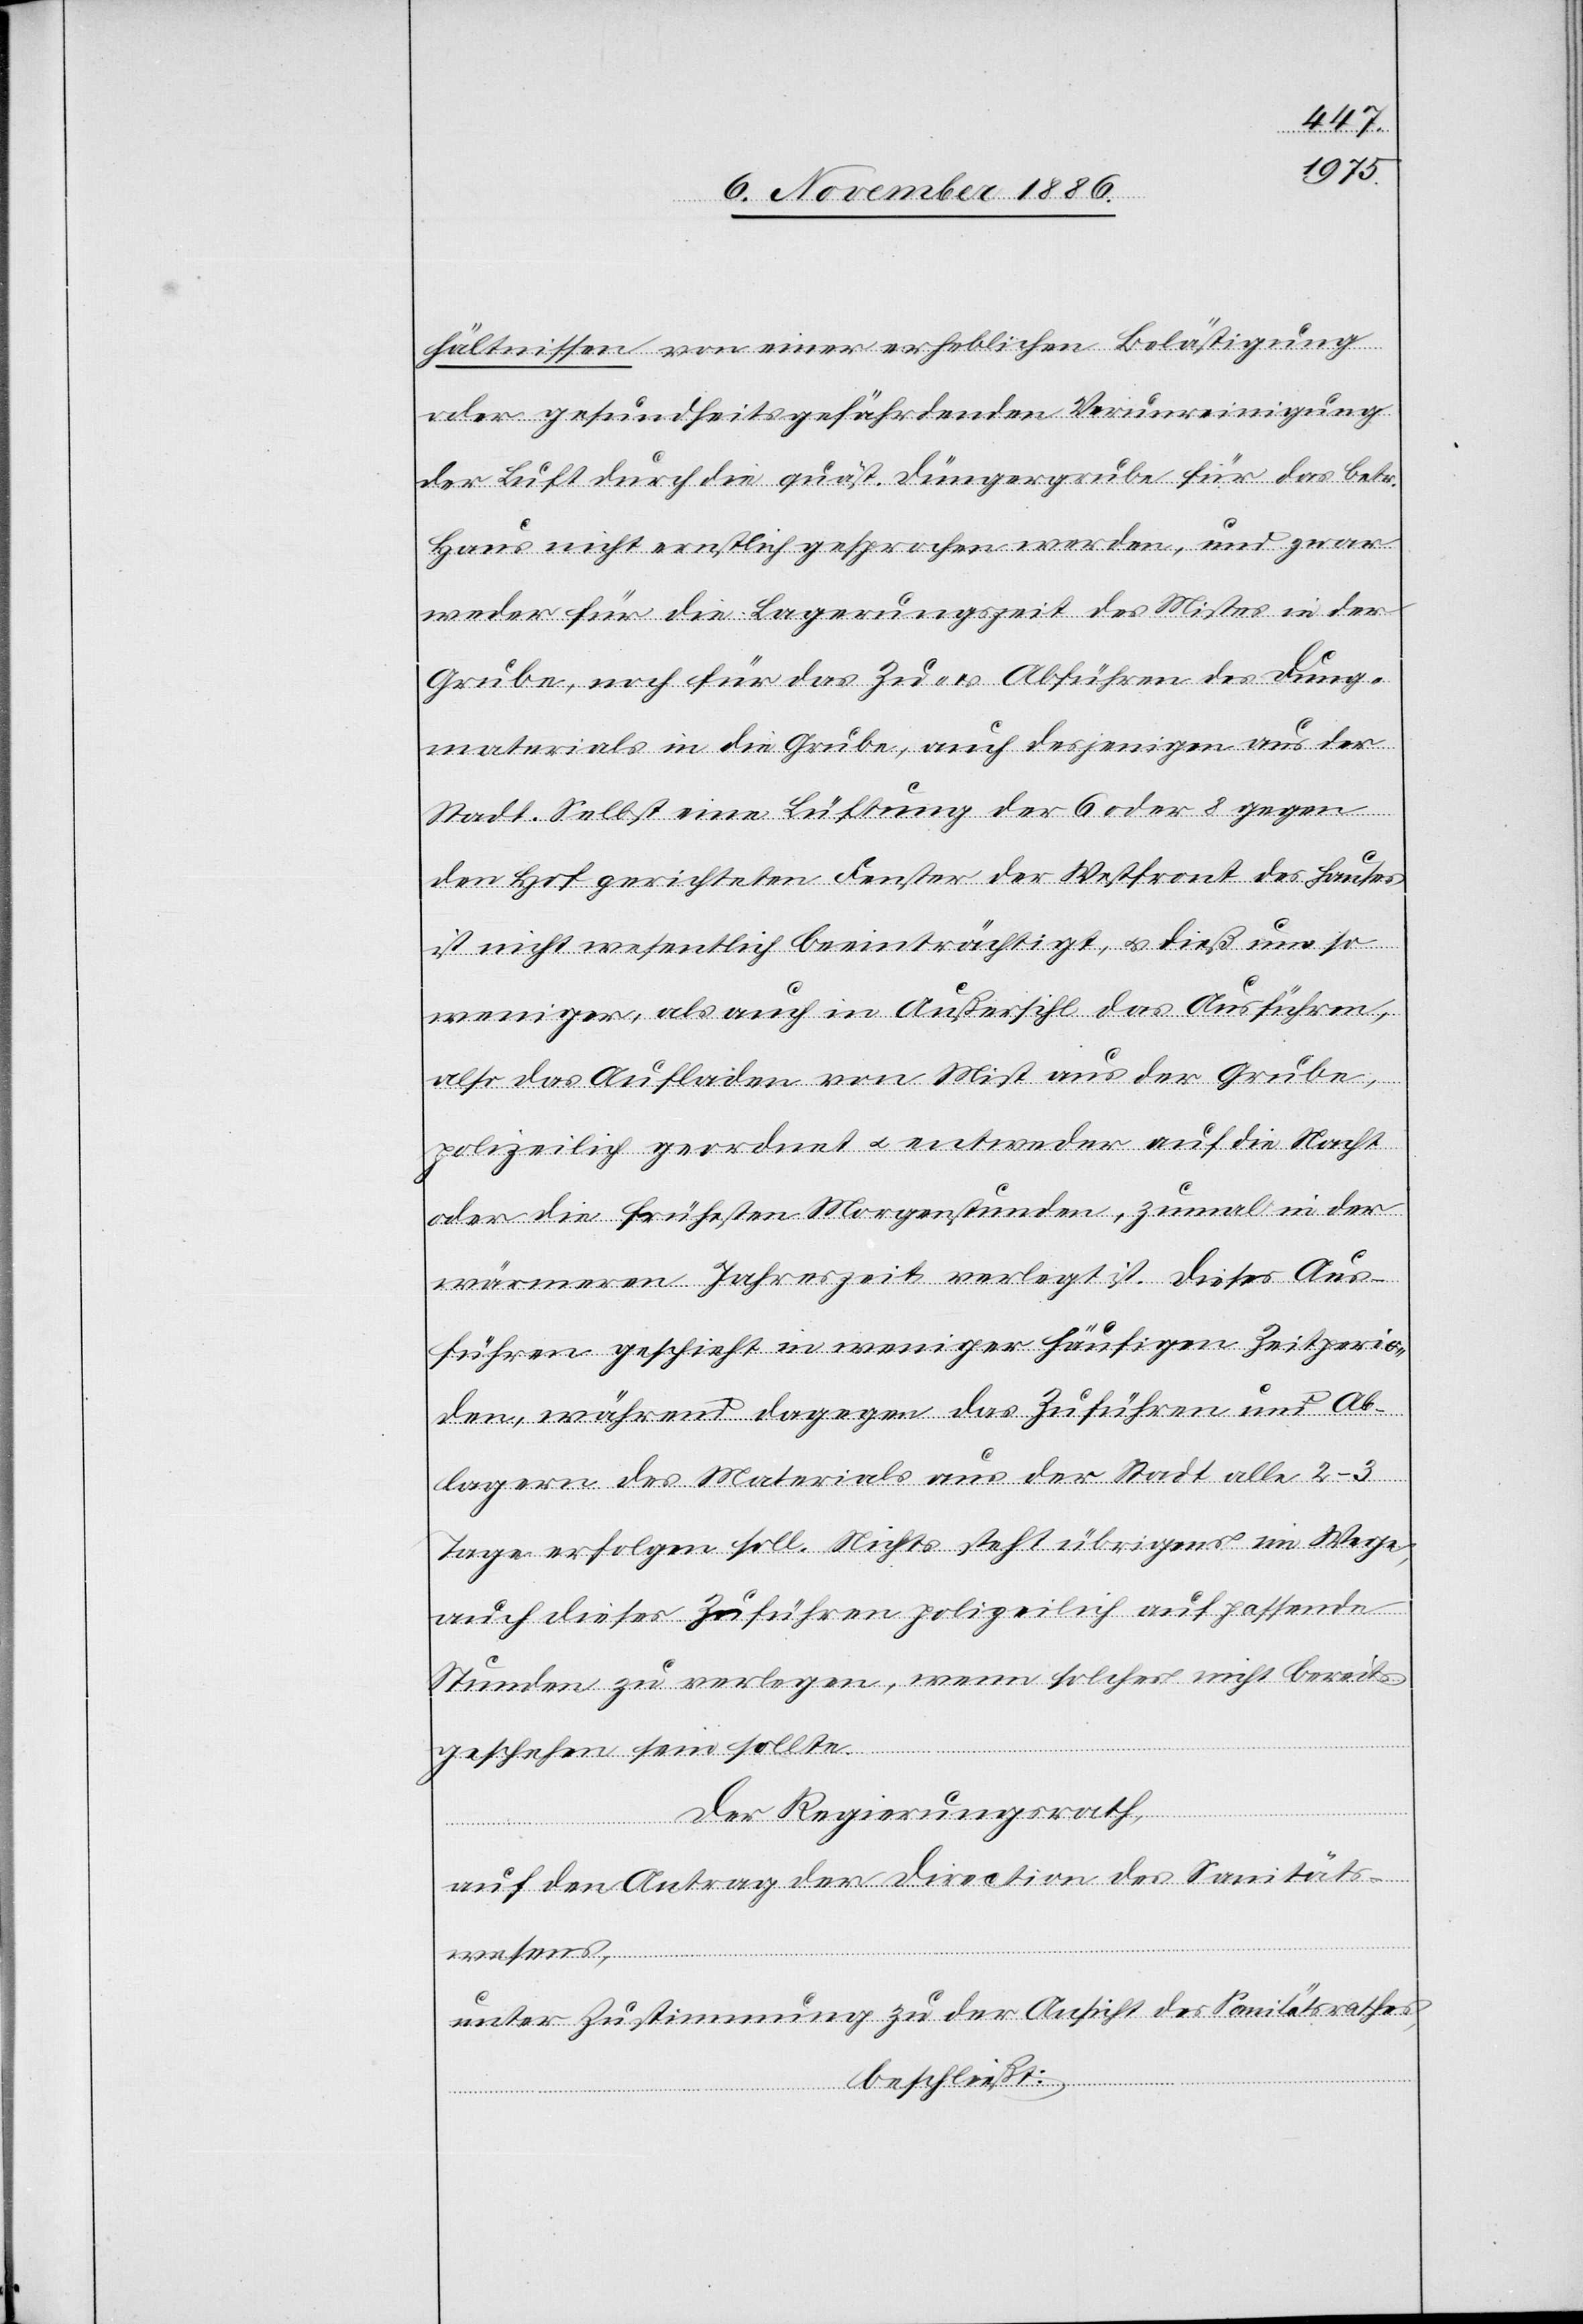
hältnissen von einer erheblichen Belästigung
oder gesundheitsgefährdenden Verunreinigung
der Luft durch die quäst. Düngergrube für das betr.
Haus nicht ernstlich gesprochen werden, und zwar
weder für die Lagerungszeit des Mistes in der
Grube, noch für das Zu- & Abführen des Dung¬
materials in die Grube, auch desjenigen aus der
Stadt. Selbst eine Lüftung der 6 oder 8 gegen
den Hof gerichteten Fenster der Westfront des Hauses
ist nicht wesentlich beeinträchtigt, & dieß um so
weniger, als auch in Außersihl das Ausführen,
also das Aufladen von Mist aus der Grube,
polizeilich geordnet & entweder auf die Nacht
oder die frühesten Morgenstunden, zumal in der
wärmeren Jahreszeit verlegt ist. Dieses Aus¬
führen geschieht in weniger häufigen Zeitperio¬
den, während dagegen das Zuführen und Ab¬
lagern des Materials aus der Stadt alle 2–3
Tage erfolgen soll. Nichts steht übrigens im Wege,
auch dieses Zuführen polizeilich auf passende
Stunden zu verlegen, wenn solches nicht bereits
geschehen sein sollte.
Der Regierungsrath,
auf den Antrag der Direction des Sanitäts¬
wesens,
unter Zustimmung zu der Ansicht des Sanitätsrathes,
beschließt: